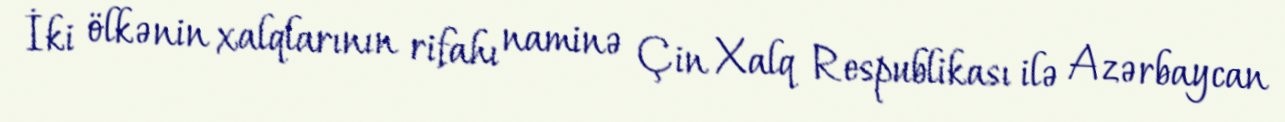
İki ölkənin xalqlarının rifahı naminə Çin Xalq Respublikası ilə Azərbaycan